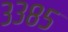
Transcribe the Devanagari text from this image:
३३८५